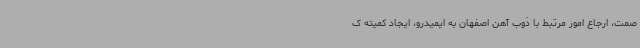
صمت، ارجاع امور مرتبط با ذوب آهن اصفهان به ایمیدرو، ایجاد کمیته ک